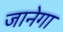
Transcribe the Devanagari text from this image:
जानेगा